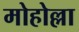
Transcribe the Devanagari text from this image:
मोहोल्ला